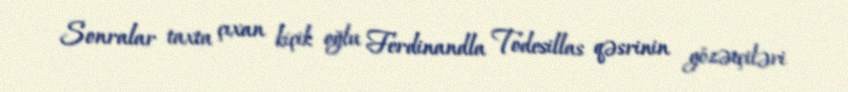
Sonralar taxta çıxan kiçik oğlu Ferdinandla Todesillas qəsrinin gözətçiləri